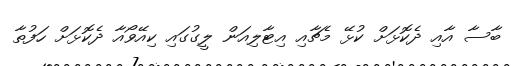
ބާސާ އާއި ދެކޮޅަށް ކުޅޭ މެޗާއި އިޓާލިއަން ލީގުގައި ކިއޭވޯއާ ދެކޮޅަށް ހަފުތާ